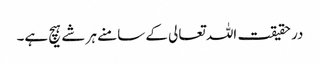
در حقیقت اللہ تعالی کے سامنے ہر شے ہیچ ہے۔